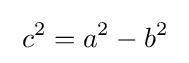
\;c^{2}=a^{2}-b^{2}\;